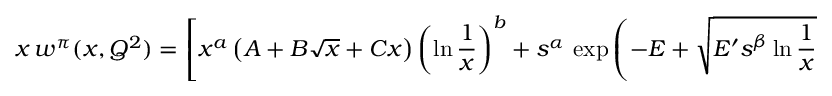
x \, w ^ { \pi } ( x , Q ^ { 2 } ) = \left[ x ^ { a } \left( A + B \sqrt { x } + C x \right) \left( \ln \frac { 1 } { x } \right) ^ { b } + s ^ { \alpha } \, \, \mathrm { { e x p } } \left( - E + \sqrt { E ^ { \prime } s ^ { \beta } \ln \frac { 1 } { x } } \right) \right] ( 1 - x ) ^ { D } .